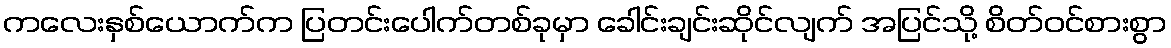
ကလေးနှစ်ယောက်က ပြတင်းပေါက်တစ်ခုမှာ ခေါင်းချင်းဆိုင်လျက် အပြင်သို့ စိတ်ဝင်စားစွာ